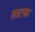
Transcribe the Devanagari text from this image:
ताटक